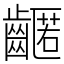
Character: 𪙛